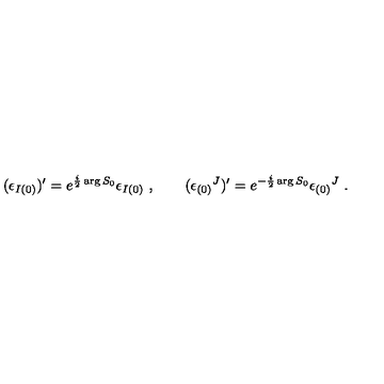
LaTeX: ( \epsilon _ { I ( 0 ) } ) ^ { \prime } = e ^ { { \frac { i } { 2 } } \arg S _ { 0 } } \epsilon _ { I ( 0 ) } \ , \qquad ( \epsilon _ { ( 0 ) } { } ^ { J } ) ^ { \prime } = e ^ { - { \frac { i } { 2 } } \arg S _ { 0 } } \epsilon _ { ( 0 ) } { } ^ { J } \ .